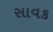
સાવક